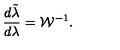
{ \frac { d \tilde { \lambda } } { d \lambda } } = { \cal W } ^ { - 1 } .